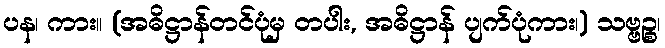
ပန၊ ကား။ (အဓိဋ္ဌာန်တင်ပုံမှ တပါး, အဓိဋ္ဌာန် ပျက်ပုံကား၊) သဗ္ဗဉ္စ၊